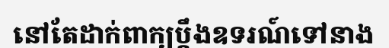
នៅតែដាក់ពាក្យប្តឹងឧទរណ៍ទៅនាង